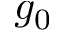
g _ { 0 }